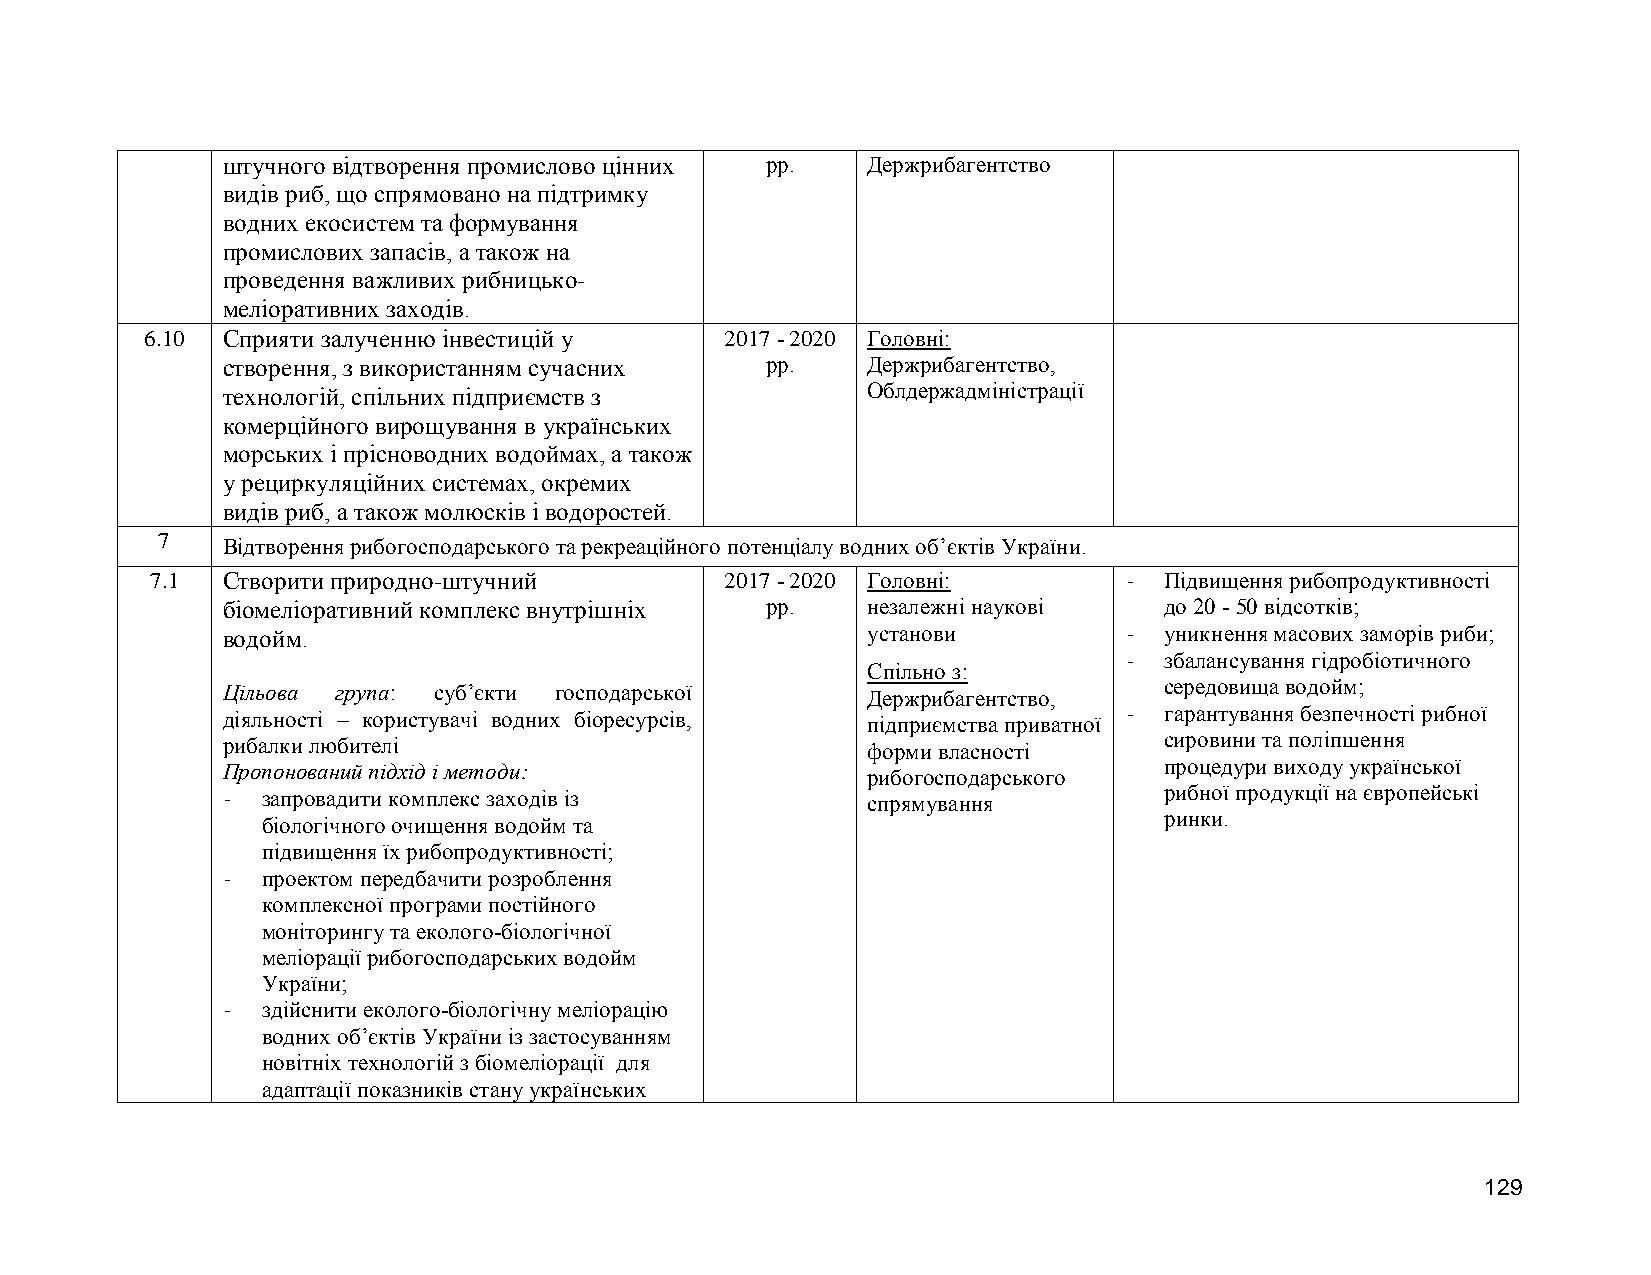
штучного відтворення промислово цінних рр. Держрибагентство
 видів риб, що спрямовано на підтримку
 водних екосистем та формування
 промислових запасів, а також на
 проведення важливих рибницько-
 меліоративних заходів.
 6.10 Сприяти залученню інвестицій у   2017 - 2020 Головні:
 створення, з використанням сучасних рр.   Держрибагентство,
 технологій, спільних підприємств з        Облдержадміністрації
 комерційного вирощування в українських
 морських і прісноводних водоймах, а також
 у рециркуляційних системах, окремих
 видів риб, а також молюсків і водоростей.
 7
 Відтворення рибогосподарського та рекреаційного потенціалу водних об’єктів України.
 7.1  Створити природно-штучний        2017 - 2020 Головні:       - Підвищення рибопродуктивності
 біомеліоративний комплекс внутрішніх рр.  незалежні наукові   до 20 - 50 відсотків;
 водойм.                                   установи          - уникнення масових заморів риби;
 Спільно з:
 - збалансування гідробіотичного
 Цільова група: суб’єкти господарської     Держрибагентство,   середовища водойм;
 діяльності – користувачі водних біоресурсів, підприємства приватної - гарантування безпечності рибної
 рибалки любителі                          форми власності     сировини та поліпшення
 Пропонований підхід і методи:             рибогосподарського  процедури виходу української
 - запровадити комплекс заходів із         спрямування         рибної продукції на європейські
 біологічного очищення водойм та
 ринки.
 підвищення їх рибопродуктивності;
 - проектом передбачити розроблення
 комплексної програми постійного
 моніторингу та еколого-біологічної
 меліорації рибогосподарських водойм
 України;
 - здійснити еколого-біологічну меліорацію
 водних об’єктів України із застосуванням
 новітніх технологій з біомеліорації для
 адаптації показників стану українських
 129